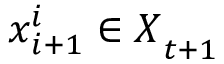
{ \boldsymbol { x } _ { i + 1 } ^ { i } \in \boldsymbol { X } } _ { t + 1 }